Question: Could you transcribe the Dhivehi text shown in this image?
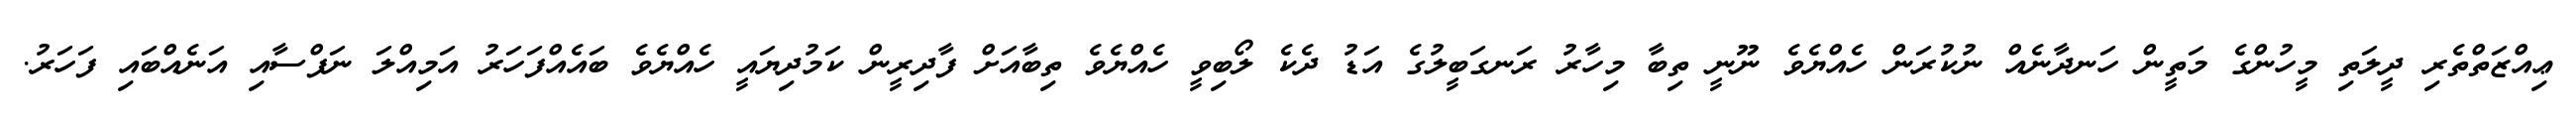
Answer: ޢިއްޒަތްތެރި ދީލަތި މީހުންގެ މަތީން ހަނދާނެއް ނުކުރަން ހެއްޔެވެ ނޫނީ ތިބާ މިހާރު ރަނގަބީލުގެ އަޑު ދެކެ ލޯބިވީ ހެއްޔެވެ ތިބާއަށް ފާދިރީން ކަމުދިޔައީ ހެއްޔެވެ ބައެއްފަހަރު އަމިއްލަ ނަފްސާއި އަނެއްބައި ފަހަރު.